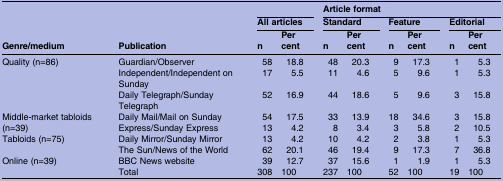
|  |  | <COLSPAN=2>  | <COLSPAN=6> Article format |
 |  |  | <COLSPAN=2> All articles | <COLSPAN=2> Standard | <COLSPAN=2> Feature | <COLSPAN=2> Editorial |
 | Genre/medium | Publication | n | Per cent | n | Per cent | n | Per cent | n | Per cent |
 | --- | --- | --- | --- | --- | --- | --- | --- | --- | --- |
 | <ROWSPAN=3> Quality (n=86) | Guardian/Observer | 58 | 18.8 | 48 | 20.3 | 9 | 17.3 | 1 | 5.3 |
 | Independent/Independent on Sunday | 17 | 5.5 | 11 | 4.6 | 5 | 9.6 | 1 | 5.3 |
 | Daily Telegraph/Sunday Telegraph | 52 | 16.9 | 44 | 18.6 | 5 | 9.6 | 3 | 15.8 |
 | <ROWSPAN=2> Middle-market tabloids (n=39) | Daily Mail/Mail on Sunday | 54 | 17.5 | 33 | 13.9 | 18 | 34.6 | 3 | 15.8 |
 | Express/Sunday Express | 13 | 4.2 | 8 | 3.4 | 3 | 5.8 | 2 | 10.5 |
 | <ROWSPAN=2> Tabloids (n=75) | Daily Mirror/Sunday Mirror | 13 | 4.2 | 10 | 4.2 | 2 | 3.8 | 1 | 5.3 |
 | The Sun/News of the World | 62 | 20.1 | 46 | 19.4 | 9 | 17.3 | 7 | 36.8 |
 | Online (n=39) | BBC News website | 39 | 12.7 | 37 | 15.6 | 1 | 1.9 | 1 | 5.3 |
 |  | Total | 308 | 100 | 237 | 100 | 52 | 100 | 19 | 100 |